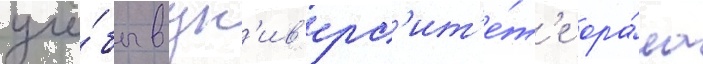
учё́бы в ун'ив'ерс'ит'е́т'е ора́ла